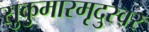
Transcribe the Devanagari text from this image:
सुकुमारमृदुस्वर